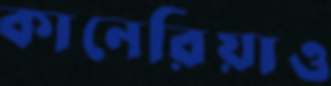
কানেরিয়াও